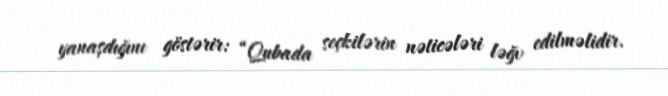
yanaşdığını göstərir: “Qubada seçkilərin nəticələri ləğv edilməlidir.